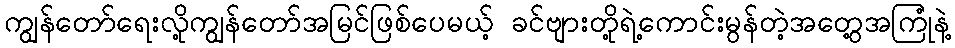
ကျွန်တော်ရေးလို့ကျွန်တော်အမြင်ဖြစ်ပေမယ့် ခင်ဗျားတို့ရဲ့ကောင်းမွန်တဲ့အတွေ့အကြုံနဲ့